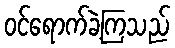
ဝင်ရောက်ခဲ့ကြသည်